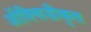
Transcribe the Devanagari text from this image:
ऑक्सिडीकृत